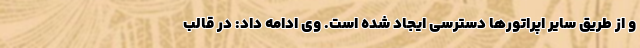
و از طریق سایر اپراتورها دسترسی ایجاد شده است. وی ادامه داد: در قالب